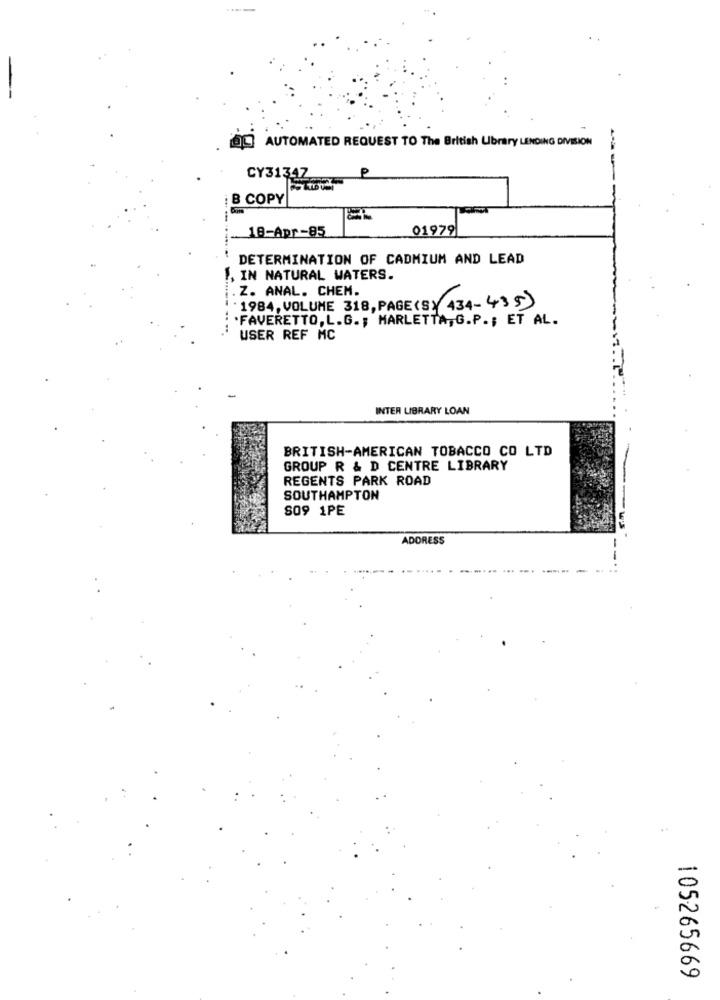
AUTOMATED REQUEST TO The British Library LENDING DIVISION
P
CY3134Z
B COPY
-18-Apr-85
01979
DETERMINATION OF CADMIUM AND LEAD
1, IN NATURAL WATERS.
Z. ANAL. CHEM.
1984, VOLUME 318, PAGE(S) 434-435)
.FAVERETTO, L.G .; MARLETTA, G.P .; ET AL.
USER REF MC
INTER LIBRARY LOAN
BRITISH-AMERICAN TOBACCO CO LTD
GROUP R & D CENTRE LIBRARY
REGENTS PARK ROAD
SOUTHAMPTON
SO9 1PE
ADDRESS
105265669